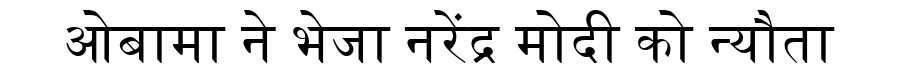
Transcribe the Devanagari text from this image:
ओबामा ने भेजा नरेंद्र मोदी को न्यौता